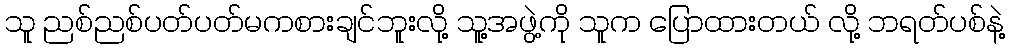
သူ ညစ်ညစ်ပတ်ပတ်မကစားချင်ဘူးလို့ သူ့အဖွဲ့ကို သူက ပြောထားတယ် လို့ ဘရတ်ပစ်နဲ့